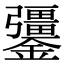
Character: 𨯞